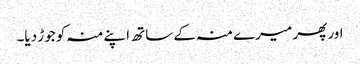
اور پھر میرے منہ کے ساتھ اپنے منہ کو جوڑ دیا۔